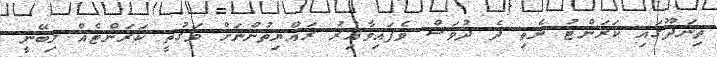
ތިނަދޫގައި ކަރަންޓު ނެތި ދެ ދުވަސް ވެފައިވާއިރު ރައްޔިތުންނަށް ވަގުތީ ކަރަންޓެއް ލިބޭނީ